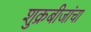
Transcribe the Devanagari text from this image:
शुक्रबीजांचा